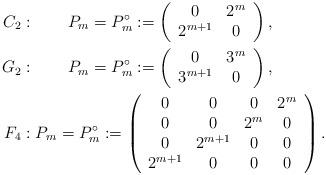
LaTeX: \begin{align*}C_2 &: \qquad P_m=P_m^\circ:=\left(\begin{array}{cc} 0 & 2^{m} \\2^{m+1} & 0 \end{array}\right),\\G_2 &: \qquad P_m=P_m^\circ:=\left(\begin{array}{cc} 0 & 3^{m} \\3^{m+1} & 0 \end{array}\right),\\F_4 &: P_m=P_m^\circ:=\left(\begin{array}{cccc} 0 & 0 & 0 & 2^{m} \\0 & 0 & 2^m & 0 \\ 0 & 2^{m+1} & 0 & 0 \\ 2^{m+1} & 0 & 0 & 0\end{array}\right).\end{align*}